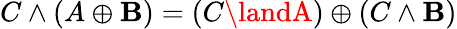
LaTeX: C\land(A\oplus\mathbf{B})=(C\landA)\oplus(C\land\mathbf{B})